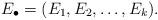
LaTeX: \begin{align*}E_{\bullet}=(E_1, E_2, \ldots, E_k).\end{align*}